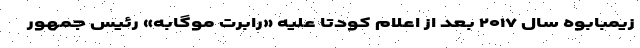
زیمبابوه سال ۲۰۱۷ بعد از اعلام کودتا علیه «رابرت موگابه» رئیس جمهور